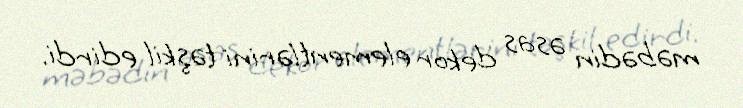
məbədin əsas dekor elementlərini təşkil edirdi.